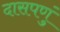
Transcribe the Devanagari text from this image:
दासपणुं